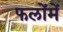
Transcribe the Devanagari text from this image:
फलोंमें